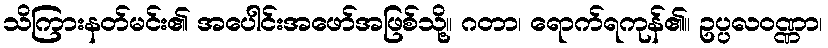
သိကြားနတ်မင်း၏ အပေါင်းအဖော်အဖြစ်သို့။ ဂတာ၊ ရောက်ရကုန်၏။ ဥပ္ပလဝဏ္ဏာ၊